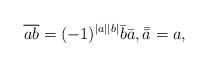
LaTeX: \begin{align*}\overline{ab}=(-1)^{|a||b|}\bar{b}\bar{a},\bar{\bar{a}}=a,\end{align*}